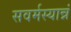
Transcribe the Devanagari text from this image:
सवर्मस्यान्नं